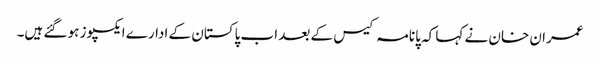
عمران خان نے کہا کہ پانامہ کیس کے بعد اب پاکستان کے ادارے ایکسپوز ہو گئے ہیں۔